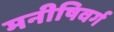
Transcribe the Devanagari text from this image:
मनीषिवर्ग